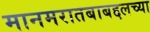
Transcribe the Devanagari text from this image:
मानमरातबाबद्दलच्या